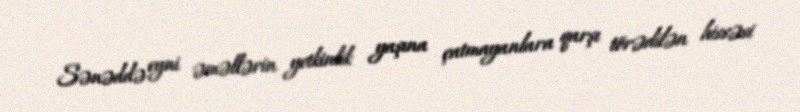
Sənəddə eyni əməllərin yetkinlik yaşına çatmayanlara qarşı törədilən hissəsi